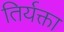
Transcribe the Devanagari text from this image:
तिर्यक्ता